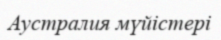
Аустралия мүйістері